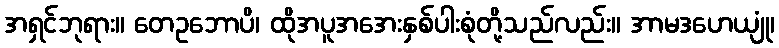
အရှင်ဘုရား။ တေဥဘောပိ၊ ထိုအပူအအေးနှစ်ပါးစုံတို့သည်လည်း။ အာမဒဟေယျုံ၊